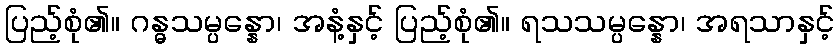
ပြည့်စုံ၏။ ဂန္ဓသမ္ပန္နော၊ အနံ့နှင့် ပြည့်စုံ၏။ ရသသမ္ပန္နော၊ အရသာနှင့်